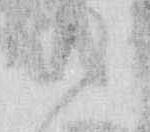
候